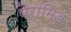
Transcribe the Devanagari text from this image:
पैरामिड